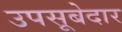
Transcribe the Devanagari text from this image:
उपसूबेदार